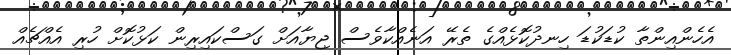
އެހެންއިންތާ ކުޑަކުޑަ ހިނދުކޮޅެއްގެ ތެރޭ އަނެއްކާވެސް ޖިޔާއަށް ގަސްކައިރިން ކަޅުކޮށް ހުރި އެއްޗެއް